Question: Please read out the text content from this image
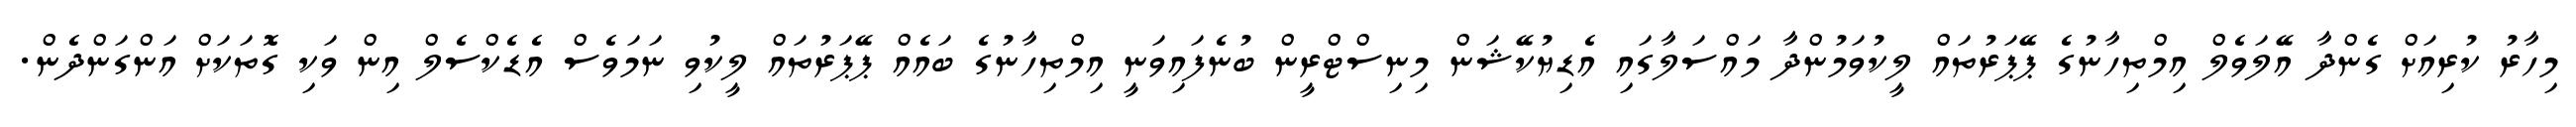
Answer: މިހާރު ކުރިއަށް ގެންދާ އޭލަވެލް އިމްތިހާނުގެ ޕޭޕަރުތައް ލީކުވަމުންދާ މައްސަލާގައި އެޑިޔުކޭޝަން މިނިސްޓްރީން ބުނެފައިވަނީ އިމްތިހާނުގެ ބައެއް ޕޭޕަރުތައް ލީކުވި ނަމަވެސް އެޑެކްސެލް އިން ވަކި ގޮތަކަށް އަންގަންދެން.